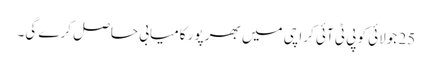
25 جولائی کو پی ٹی آئی کراچی میں بھر پور کامیابی حاصل کرے گی۔